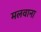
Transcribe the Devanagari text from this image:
मलवाना